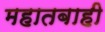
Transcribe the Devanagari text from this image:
महातबाही